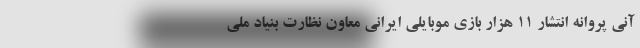
آنی پروانه انتشار ۱۱ هزار بازی موبایلی ایرانی معاون نظارت بنیاد ملی